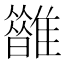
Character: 𩁆